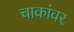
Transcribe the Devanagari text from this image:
चाकांवर